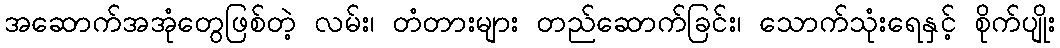
အဆောက်အအုံတွေဖြစ်တဲ့ လမ်း၊ တံတားများ တည်ဆောက်ခြင်း၊ သောက်သုံးရေနှင့် စိုက်ပျိုး